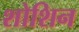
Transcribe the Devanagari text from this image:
शोशिन